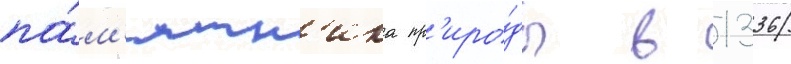
па́м'ятн'ика пр'иро́ды в 1336